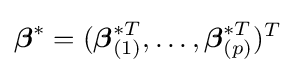
{\boldsymbol {\beta }}^{*}=({\boldsymbol {\beta }}_{(1)}^{*T},\ldots ,{\boldsymbol {\beta }}_{(p)}^{*T})^{T}